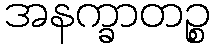
အနက္ခာတဉ္စ